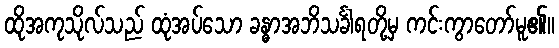
ထိုအကုသိုလ်သည် ထုံအပ်သော ခန္ဓာအဘိသင်္ခါရတို့မှ ကင်းကွာတော်မူ၏။